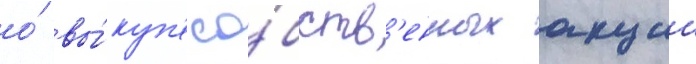
о́ вы́куп'е со́бств'енных акции